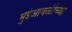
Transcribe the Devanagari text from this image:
भुईआवळीच्या